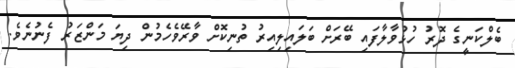
ބެލްކަނީގެ ދޮރު ހުޅުވާލާފައި ބޭރަށް ބަލައިލިއިރު ތުނިކޮށް ވާރޭވެހެމުން ދިޔަ މަންޒަރު ފެނުނެވެ.